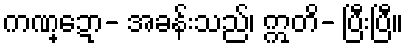
ကဏ္ဍော- အခန်းသည်၊ ဣတိ- ပြီးပြီ။